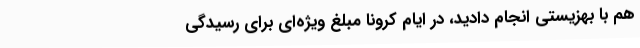
هم با بهزیستی انجام دادید، در ایام کرونا مبلغ ویژه‌ای برای رسیدگی